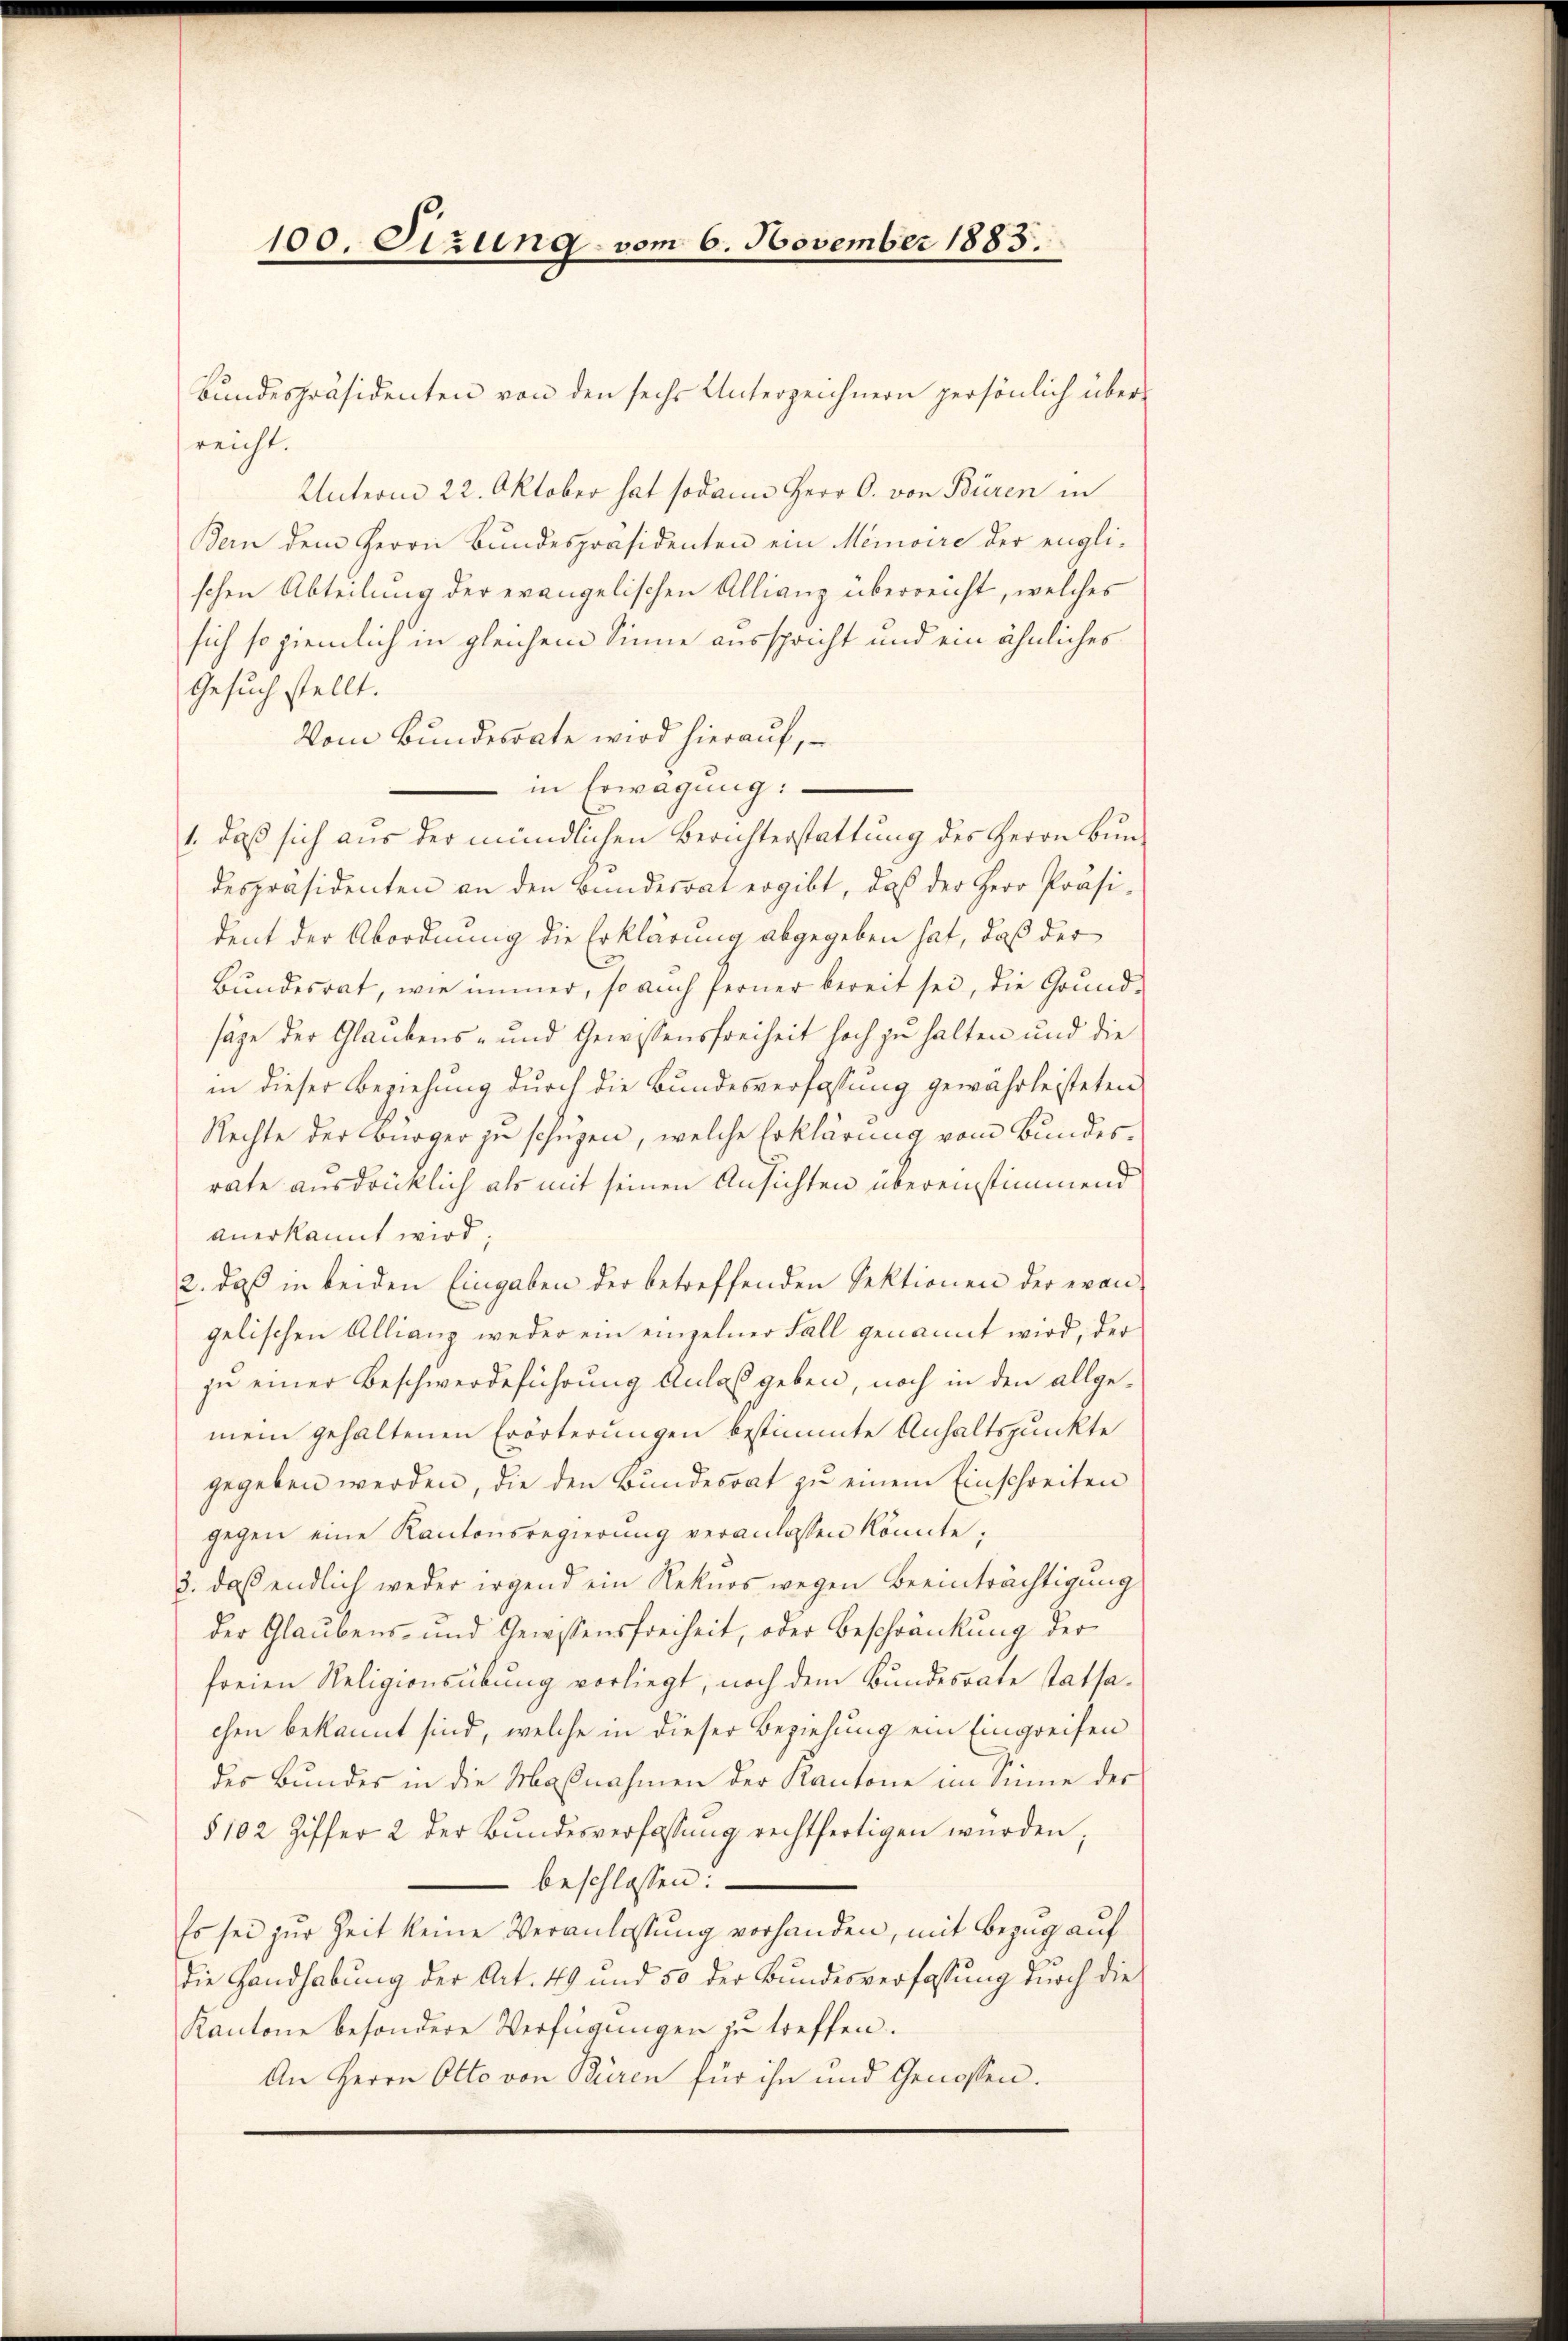
100. Sizung vom 6. November 1883.

Bundespräsidenten von den sechs Unterzeichnern persönlich über-
reicht.
Unterm 22. Oktober hat sodann Herr C. von Büren in
Bern dem Herrn Bundespräsidenten ein Memoire der englischen Abteilung der evangelischen Allianz überreicht, welches
sich so ziemlich in gleichem Sinne ausspricht und ein ähnliches
Gesuch stellt.
Vom Bundesrate wird hierauf,
in Erwägung:
1. daß sich aus der mündlichen Berichterstattung des Herrn Bundespräsidenten an den Bundesrat ergibt, daß der Herr Präsident der Abordnung die Erklärung abgegeben hat, daß der
Bundesrat, wie immer, so auch ferner bereit sei, die Grund-
säge der Glaubens- und Gewissensfreiheit hoch zu halten und die
in dieser Beziehung durch die Bundesverfassung gewährleisteten
Rechte der Bürger zu schüzen, welche Erklärung vom Bundesrate ausdrücklich als mit seinen Ansichten übereinstimmend
anerkannt wird:
2. daß in beiden Eingaben der betreffenden Sektionen der evangelischen Allianz weder ein einzelner Fall genannt wird, der
zu einer Beschwerdeführung Anlaß geben, noch in den allgemein gehaltenen Erörterungen bestimmte Anhaltspunkte
gegeben werden, die den Bundesrat zu einem Einschreiten
gegen eine Kantonsregierung veranlassen könnte;
3., daß endlich weder irgend ein Rekurs wegen Beeinträchtigung
der Glaubens- und Gewissensfreiheit, oder Beschränkung der
freien Religionsübung vorliegt, noch dem Bundesrate statsachen bekannt sind, welche in dieser Beziehung ein Eingreifen
des Bundes in die Maßnahmen der Kantone im Sinne der
§ 102 Ziffer 2 der Bŭndesverfassŭng rechtfertigen würden;
beschlossen:
Es sei zur Zeit keine Veranlassung vorhanden, mit Bezug auf
die Handhabung der Art. 49 und 50 der Bundesverfassung durch die
Kantone besondere Verfügungen zu treffen.
An Herrn Otto von Büren für ihn und Genossen.